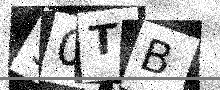
Text: 90TB